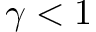
\gamma < 1